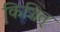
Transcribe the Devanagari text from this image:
कि़ञ्चित्